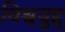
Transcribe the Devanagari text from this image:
विश्वयुद्द